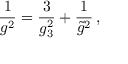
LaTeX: { \frac { 1 } { g ^ { 2 } } } = { \frac { 3 } { g _ { 3 } ^ { 2 } } } + { \frac { 1 } { { \tilde { g } } ^ { 2 } } } \, ,